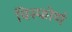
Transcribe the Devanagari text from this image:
विस्फोर्ण